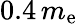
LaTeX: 0.4\, {m_{\mathrm{e}}}